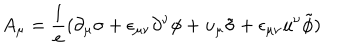
LaTeX: A _ { \mu } = { \frac { 1 } { e } } ( \partial _ { \mu } \sigma + \epsilon _ { \mu \nu } \partial ^ { \nu } \phi + u _ { \mu } \tilde { \sigma } + \epsilon _ { \mu \nu } u ^ { \nu } \tilde { \phi } )